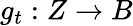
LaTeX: g_{t}:Z\to B